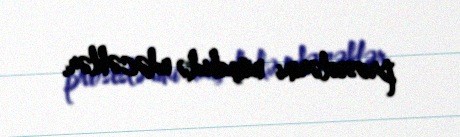
proseslərini müşahidə edəcəklər.